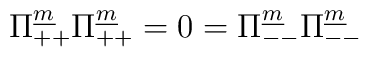
\Pi^{\underline m}_{++}\Pi^{\underline m}_{++}=0=\Pi^{\underline m}_{--}\Pi^{\underline m}_{--}